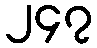
၂၄၇